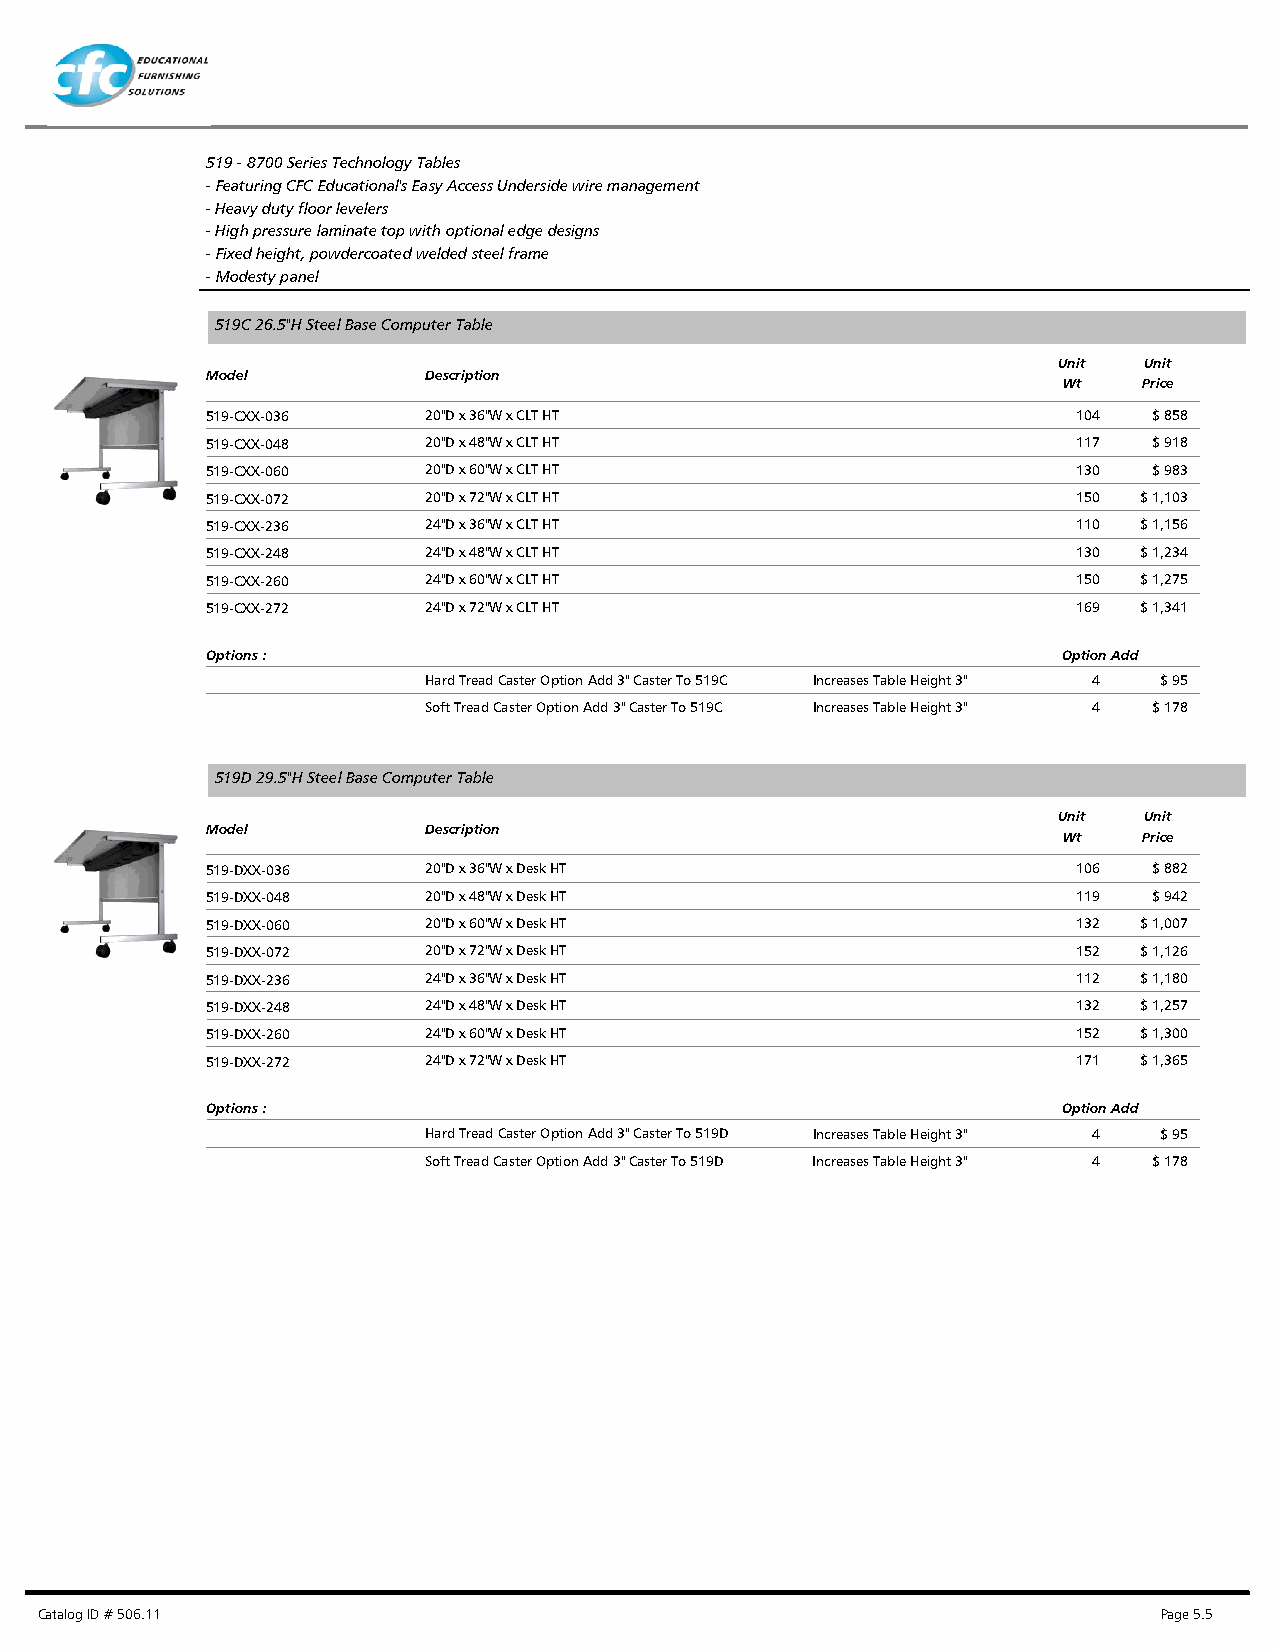
519 - 8700 Series Technology Tables
 - Featuring CFC Educational's Easy Access Underside wire management
 - Heavy duty floor levelers
 - High pressure laminate top with optional edge designs
 - Fixed height, powdercoated welded steel frame
 - Modesty panel
 519C 26.5"H Steel Base Computer Table
 Unit  Unit
 Model         Description
 Wt    Price
 519-CXX-036   20"D x 36"W x CLT HT                       104  $ 858
 519-CXX-048   20"D x 48"W x CLT HT                       117  $ 918
 519-CXX-060   20"D x 60"W x CLT HT                       130  $ 983
 519-CXX-072   20"D x 72"W x CLT HT                       150 $ 1,103
 519-CXX-236   24"D x 36"W x CLT HT                       110 $ 1,156
 519-CXX-248   24"D x 48"W x CLT HT                       130 $ 1,234
 519-CXX-260   24"D x 60"W x CLT HT                       150 $ 1,275
 519-CXX-272   24"D x 72"W x CLT HT                       169 $ 1,341
 Options :                                               Option Add
 Hard Tread Caster Option Add 3" Caster To 519C Increases Table Height 3" 4 $ 95
 Soft Tread Caster Option Add 3" Caster To 519C Increases Table Height 3" 4 $ 178
 519D 29.5"H Steel Base Computer Table
 Unit  Unit
 Model         Description
 Wt    Price
 519-DXX-036   20"D x 36"W x Desk HT                      106  $ 882
 519-DXX-048   20"D x 48"W x Desk HT                      119  $ 942
 519-DXX-060   20"D x 60"W x Desk HT                      132 $ 1,007
 519-DXX-072   20"D x 72"W x Desk HT                      152 $ 1,126
 519-DXX-236   24"D x 36"W x Desk HT                      112 $ 1,180
 519-DXX-248   24"D x 48"W x Desk HT                      132 $ 1,257
 519-DXX-260   24"D x 60"W x Desk HT                      152 $ 1,300
 519-DXX-272   24"D x 72"W x Desk HT                      171 $ 1,365
 Options :                                               Option Add
 Hard Tread Caster Option Add 3" Caster To 519D Increases Table Height 3" 4 $ 95
 Soft Tread Caster Option Add 3" Caster To 519D Increases Table Height 3" 4 $ 178
 Catalog ID # 506.11                                                        Page 5.5